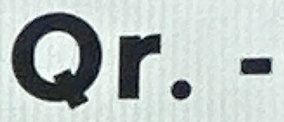
Qr.